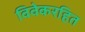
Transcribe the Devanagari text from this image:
विवेकरहित